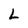
Character: L